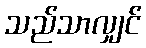
သည်သာလျှင်